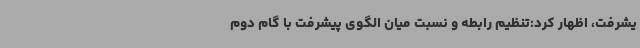
یشرفت، اظهار کرد:تنظیم رابطه و نسبت میان الگوی پیشرفت با گام دوم